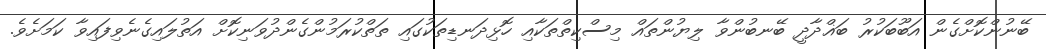
ބޭނުންކޮށްގެން އަބޫބަކުރު ބަޣްދާދީ ބޭނބުންވާ ލިޔުންތައް މިސްކިތްތަކާއި ހޮޅިދަނޑިތަކުގައި ތަތްކުރަމުންގެންދުވަނިކޮށް އަތުލައިގެނެވިފައިވާ ކަަމަށެވެ.